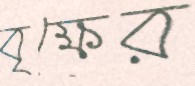
বৃক্ষের